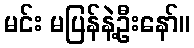
မင်း မပြန်နဲ့ဦးနော်။